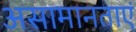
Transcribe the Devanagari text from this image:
असामानताएं